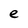
Character: e